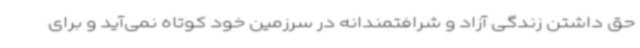
حق داشتن زندگی آزاد و شرافتمندانه در سرزمین خود کوتاه نمی‌آید و برای